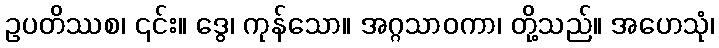
ဥပတိဿစ၊ ၎င်း။ ဒွေ၊ ကုန်သော။ အဂ္ဂသာဝကာ၊ တို့သည်။ အဟေသုံ၊